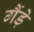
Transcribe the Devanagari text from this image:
गैंड़े